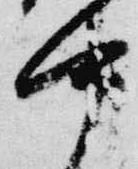
中